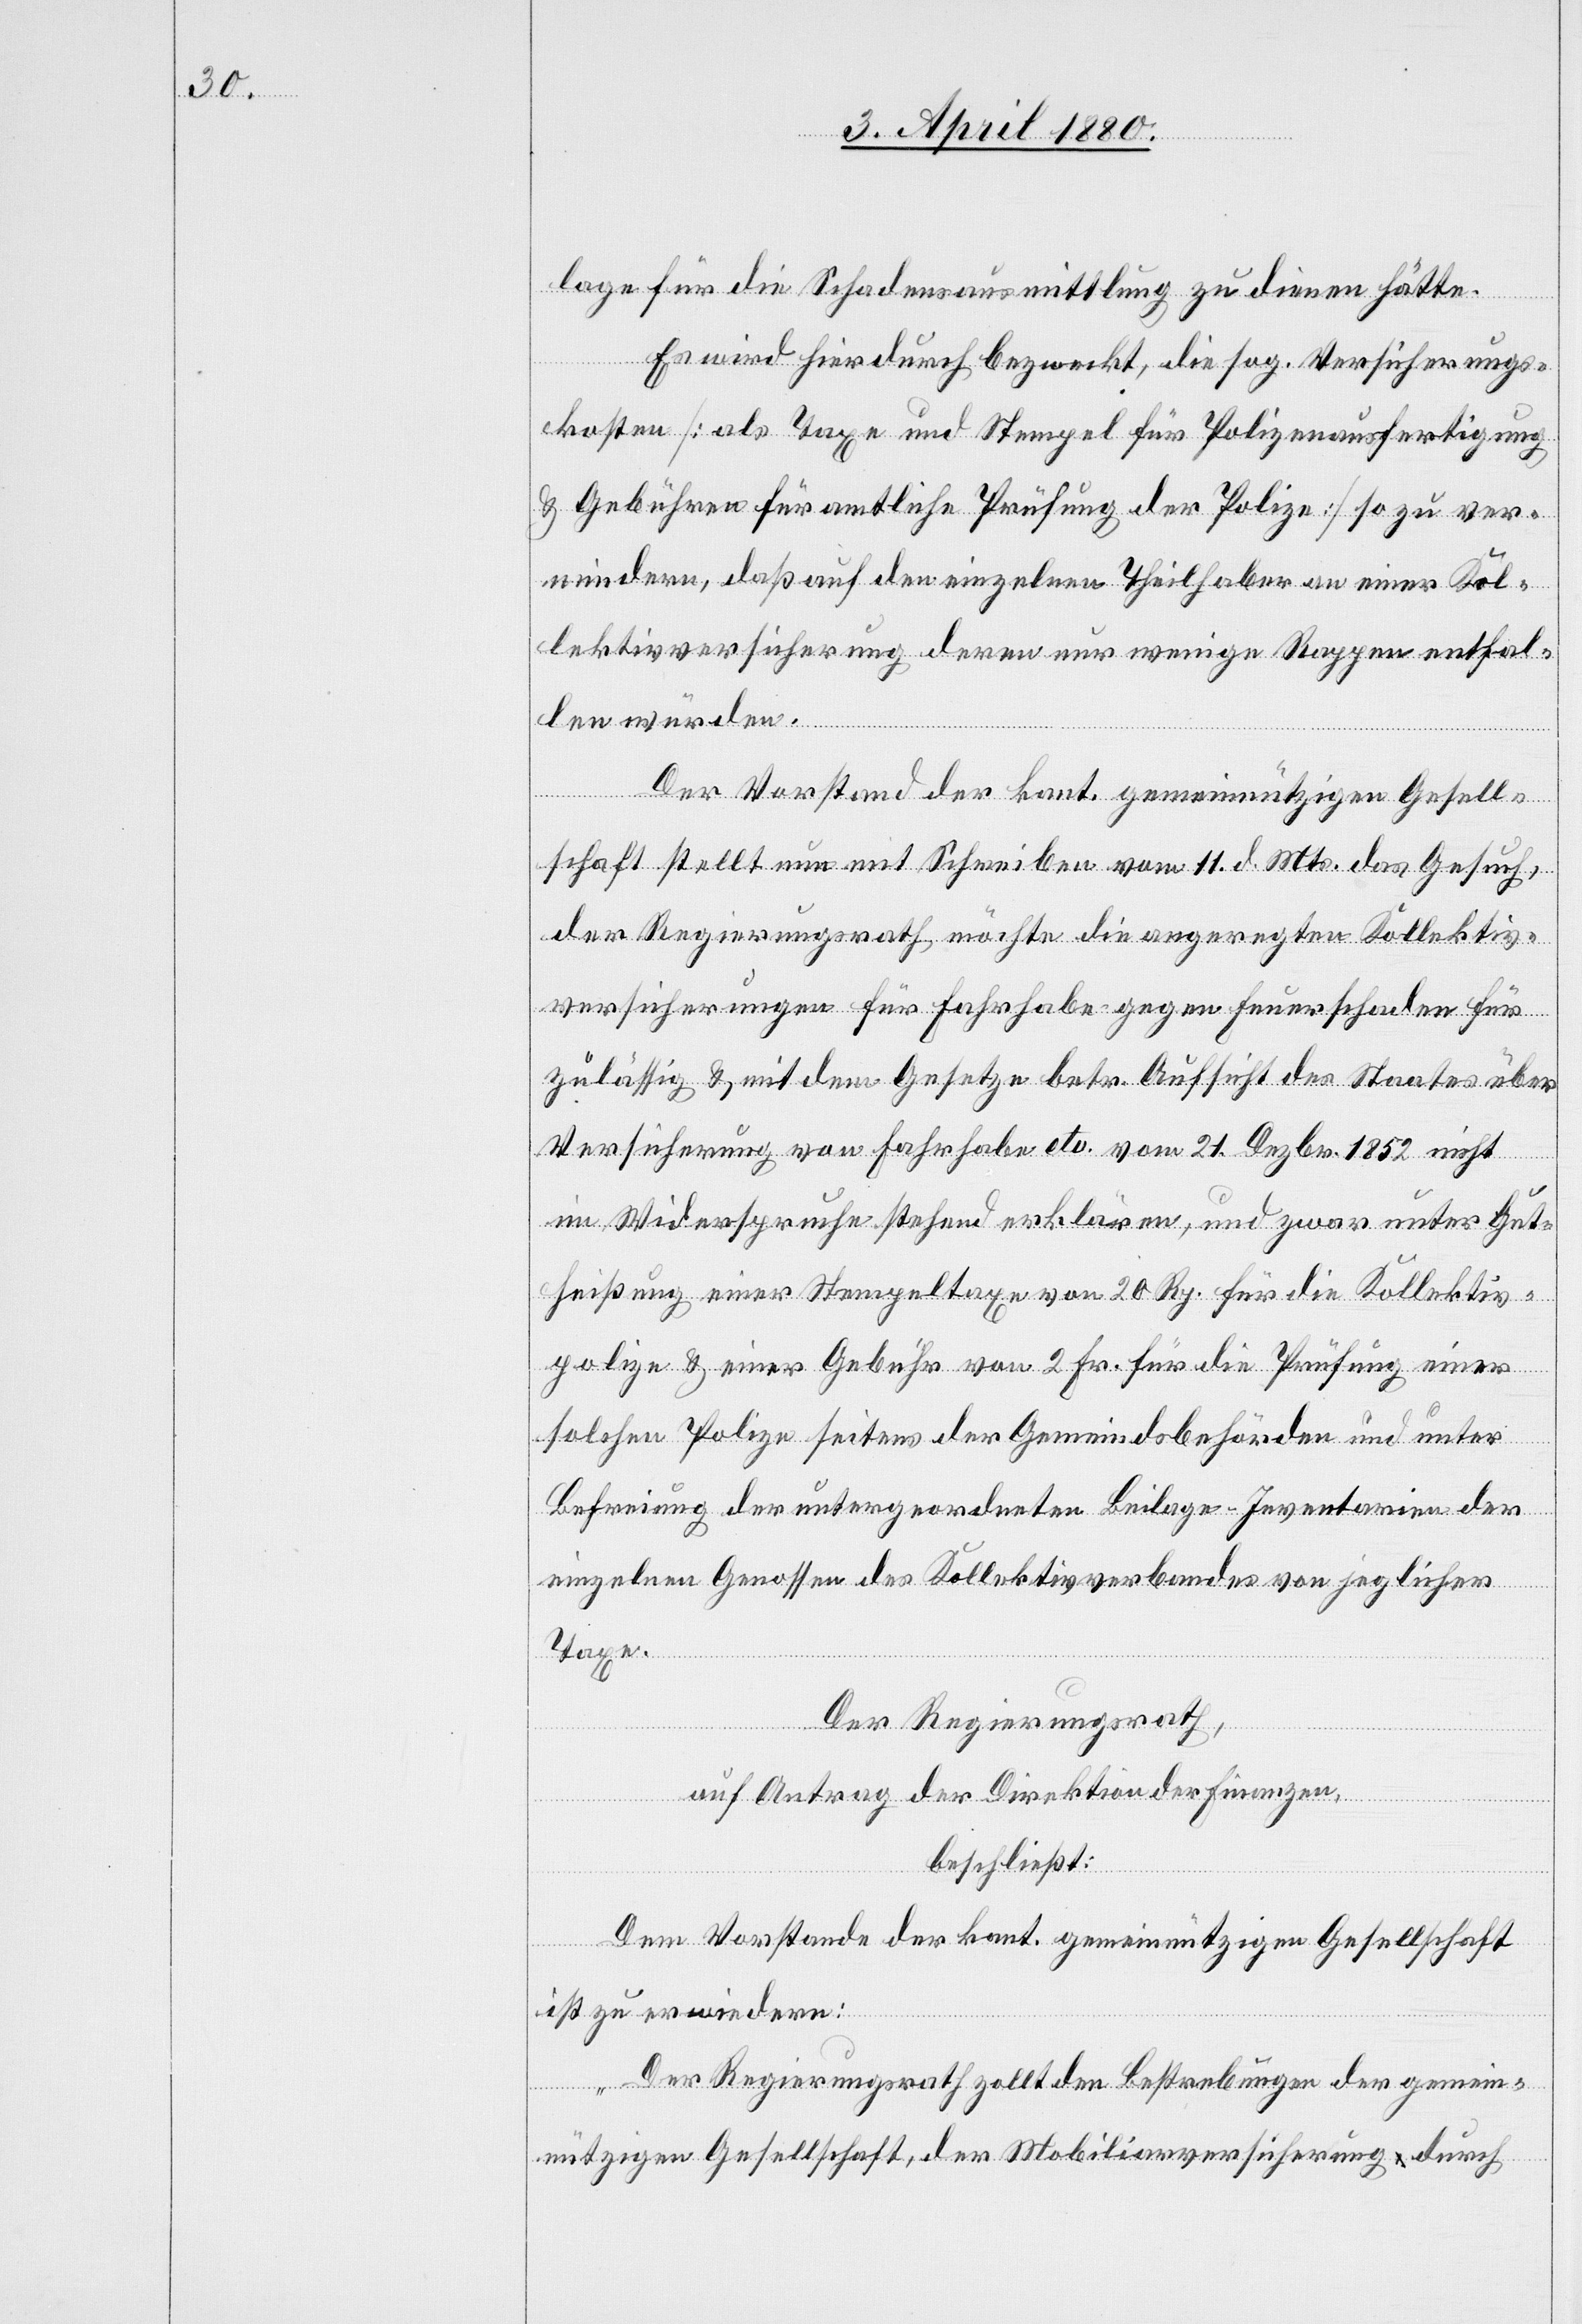
lage für die Schadensausmittlung zu dienen hätte.
Es wird hierdurch bezweckt, die sog. Versicherungs¬
kosten [als Taxe und Stempel für Polizeiausfertigung
& Gebühren für amtliche Prüfung der Polize] so zu ver¬
mindern, daß auf den einzelnen Theilhaber an einer Kol¬
lektivversicherung deren nur wenige Rappen entfal¬
len würden.
Der Vorstand der kant. gemeinnützigen Gesell¬
schaft stellt nun mit Schreiben vom 11. d. Mts. das Gesuch,
der Regierungsrath möchte die angeregten Kollektiv¬
versicherungen für Fahrhabe gegen Feuerschaden für
zulässig & mit dem Gesetze betr. Aufsicht des Staates über
Versicherung von Fahrhabe etc. vom 21. Dezbr. 1852 nicht
im Widerspruche stehend erklären, und zwar unter Gut¬
heißung einer Stempeltaxe von 20 Rp. für die Kollektiv¬
polize & einer Gebühr von 2 Fr. für die Prüfung einer
solchen Polize seitens der Gemeindsbehörde und unter
Befreiung der untergeordneten Beilage-Inventarien der
einzelnen Genossen des Kollektivverbandes von jeglicher
Taxe.
Der Regierungsrath,
auf Antrag der Direktion der Finanzen,
beschließt:
Dem Vorstande der kant. gemeinnützigen Gesellschaft
ist zu erwiedern:
„Der Regierungsrath zollt den Bestrebungen der gemein¬
nützigen Gesellschaft, der Mobiliarversicherung durch